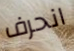
انحرف